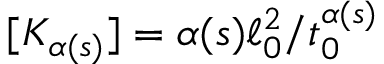
[ K _ { \alpha ( s ) } ] = \alpha ( s ) \ell _ { 0 } ^ { 2 } / t _ { 0 } ^ { \alpha ( s ) }